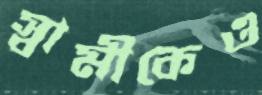
স্বামীকেও